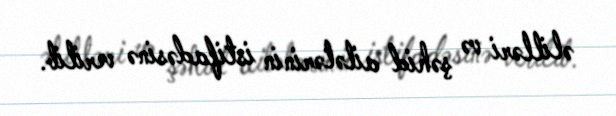
əlilləri və şəhid ailələrinin istifadəsinə verilib.